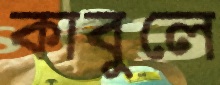
কাবুলে